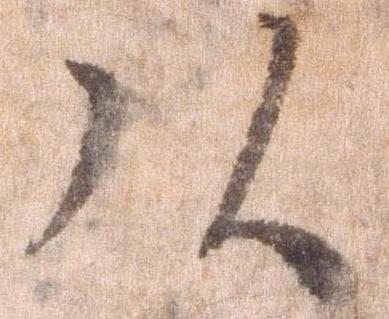
頭